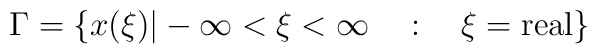
\Gamma=\{x(\xi)|-\infty<\xi<\infty \ \ \ : \ \ \ \xi ={\rm real}\}